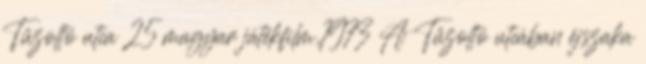
Tűzoltó utca 25 magyar játékfilm,1973 A Tűzoltó utcában éjszaka